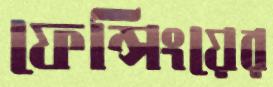
ফেন্সিংয়ের